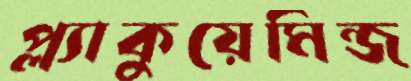
প্ল্যাকুয়েমিন্জ